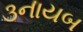
૩નાયબ